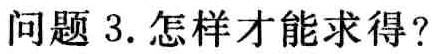
问题 3. 怎样才能求得？